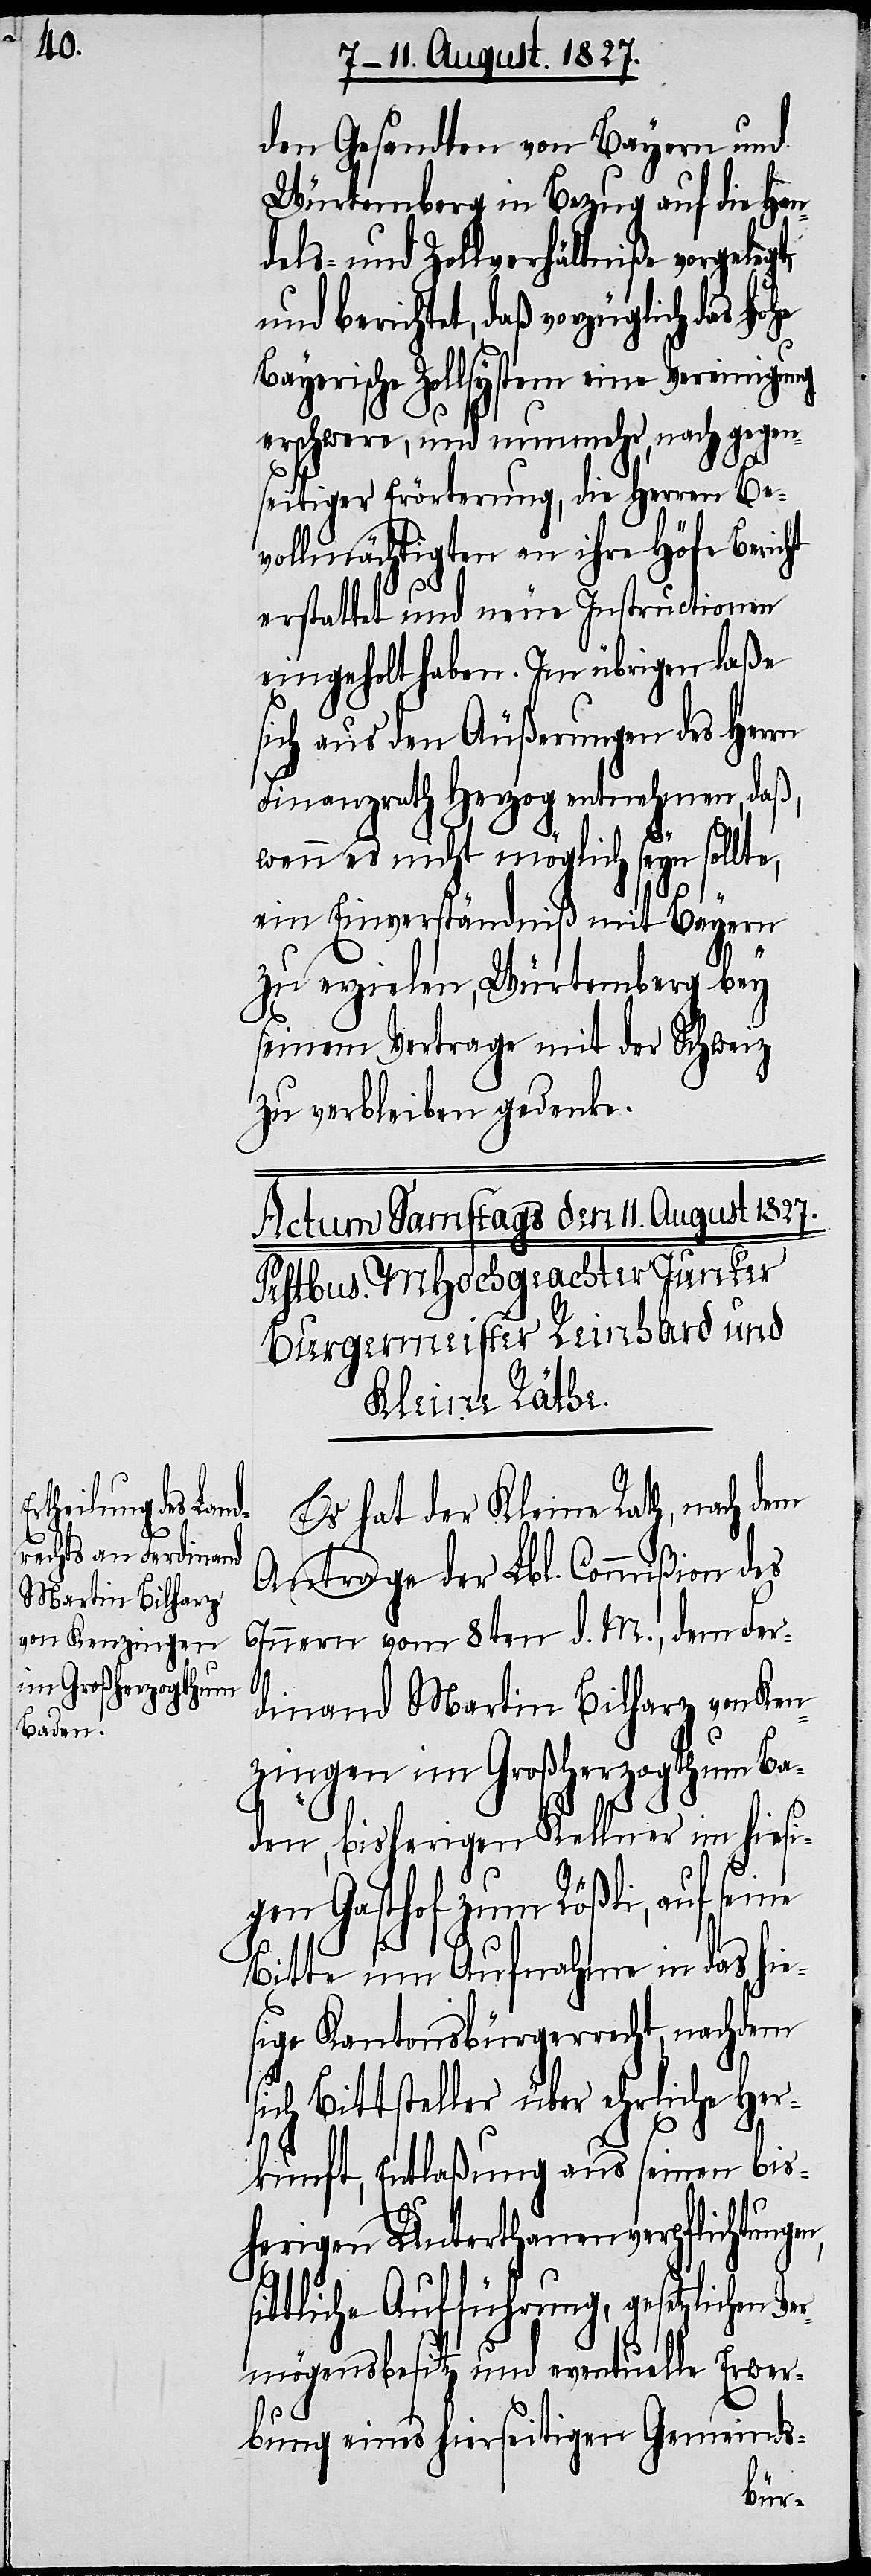
den Gesandten von Bayern und
Würtemberg in Bezug auf die Han¬
dels- und Zollverhältniße vorgelegt,
und berichtet, daß vorzüglich das
Bayerische Zollsystem eine Vereinigung
erschwere, und nunmehr, nach gegen¬
seitiger Erörterung, die Herren Be¬
vollmächtigten an ihre Höfe Bericht
erstattet und neue Instructionen
eingeholt haben. Im übrigen laße
sich aus den Äußerungen des Herrn
Finanzrath Herzog entnehmen, daß,
wenn es nicht möglich seyn sollte,
ein Einverständniß mit Bayern
Ver¬
zu erzielen, Würtemberg bey
seinem Vertrage mit der Schweiz
zu verleiben gedenke.
Es hat der Kleine Rath, nach dem
Antrage der Lbl. Commißion des
Innern vom 8ten d. M., dem Fer¬
n,
dinand Martin Bilharz von Ken¬
zingen im Großherzogthum Ba¬
den, bisherigen Kellner im hiesi¬
gen Gasthof zum Rößli, auf seine
Bitte um Aufnahme in das hie¬
sige Kantonsbürgerrecht, nachdem
sich Bittsteller über ehrliche Her¬
kunft, Entlaßung aus seinen bis¬
herigen Unterthanenverpflichtunge¬
tliche Aufführung, gesetzlichen
mögensbesitz und eventuelle Erwer¬
bung eines hierseitigen Gemeinds-